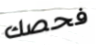
فحصك